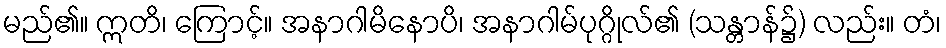
မည်၏။ ဣတိ၊ ကြောင့်။ အနာဂါမိနောပိ၊ အနာဂါမ်ပုဂ္ဂိုလ်၏ (သန္တာန်၌) လည်း။ တံ၊